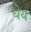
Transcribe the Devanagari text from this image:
धेय